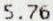
5.76